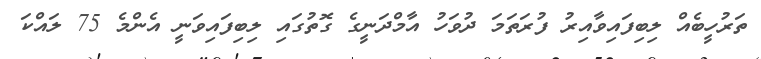
ތަރުހީބެއް ލިބިފައިވާއިރު ފުރަތަަމަ ދުވަހު އާމްދަނީގެ ގޮތުގައި ލިބިފައިވަނީ އެންމެ 75 ލައްކަ